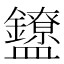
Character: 𬑃